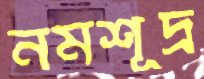
নমশূদ্র